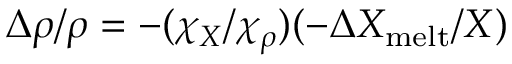
\Delta \rho / \rho = - ( \chi _ { X } / \chi _ { \rho } ) ( - \Delta X _ { \mathrm { m e l t } } / X )